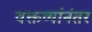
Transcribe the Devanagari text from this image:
वक्तव्यांनंतर